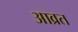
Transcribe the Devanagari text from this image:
आव्रत